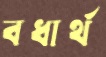
বধার্থ